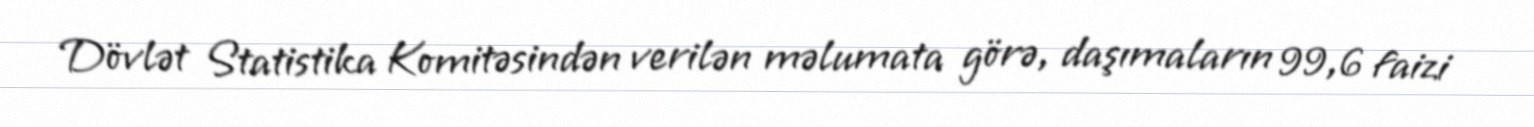
Dövlət Statistika Komitəsindən verilən məlumata görə, daşımaların 99,6 faizi